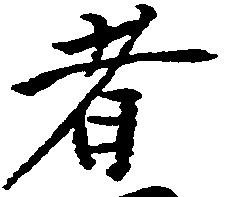
者